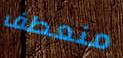
منعطف